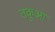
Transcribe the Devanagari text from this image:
तकुआ